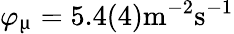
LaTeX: \varphi_{\upmu}=5.4(4)\textrm{m}^{-2}\textrm{s}^{-1}